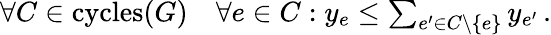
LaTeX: \begin{array}{r}{\forall C\in\mathrm{cycles}(G)\quad\forall e\in C:y_{e}\leq\sum_{e^{\prime}\in C\backslash\{ e\} }y_{e^{\prime}}\, .}\end{array}